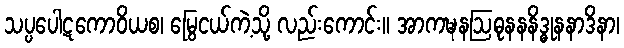
သပ္ပပေါဋကောဝိယစ၊ မြွေငယ်ကဲ့သို့ လည်းကောင်း။ အာကဍ္ဎနဩဓုနနနိဒ္ဓုနနာဒိနာ၊